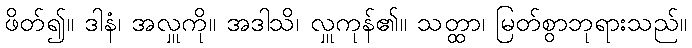
ဖိတ်၍။ ဒါနံ၊ အလှူကို။ အဒါသိ၊ လှူကုန်၏။ သတ္ထာ၊ မြတ်စွာဘုရားသည်။